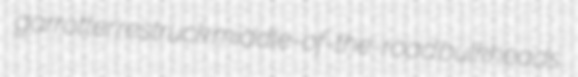
garrotter restruck middle-of-the-road bulkheads